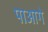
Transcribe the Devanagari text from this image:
पाआगे